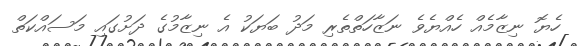
ހެޔޮ ނިޒާމެއް ހެއްޔެވެ ނަޒާހަތްތެރި މަދު ބަޔަކު އެ ނިޒާމުގެ ދަށުގައި މަސައްކަތް